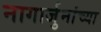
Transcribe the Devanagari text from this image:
नागार्जुनांच्या